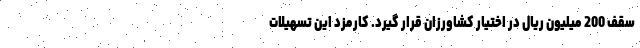
سقف 200 میلیون ریال در اختیار کشاورزان قرار گیرد. کارمزد این تسهیلات